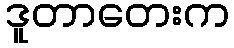
ဒူတာတေးက